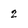
Character: 2